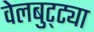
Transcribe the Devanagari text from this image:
वेलबुट्ट्या